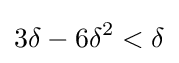
3\delta -6\delta ^{2}<\delta